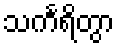
သင်္ကရိတွာ